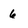
Character: 6